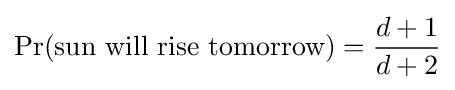
\Pr({\text{sun will rise tomorrow}})={\frac {d+1}{d+2}}